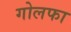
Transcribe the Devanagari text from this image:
गोलफा